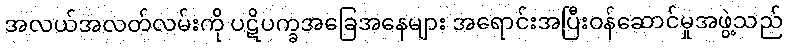
အလယ်အလတ်လမ်းကို ပဋိပက္ခအခြေအနေများ အရောင်းအပြီးဝန်ဆောင်မှုအဖွဲ့သည်